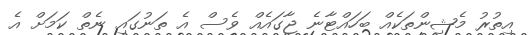
އިތުރު މެޝިންތަކެއް ބަހައްޓާނެ ޖާގައެއް ވެސް އެ ތަނުގައި ނެތް ކަމަށް އެ